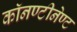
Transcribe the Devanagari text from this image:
काॅनण्टीनेण्ट